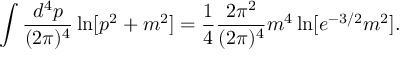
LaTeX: \int { \frac { d ^ { 4 } p } { ( 2 \pi ) ^ { 4 } } } \ln [ p ^ { 2 } + m ^ { 2 } ] = { \frac { 1 } { 4 } } { \frac { 2 \pi ^ { 2 } } { ( 2 \pi ) ^ { 4 } } } m ^ { 4 } \ln [ e ^ { - 3 / 2 } m ^ { 2 } ] .